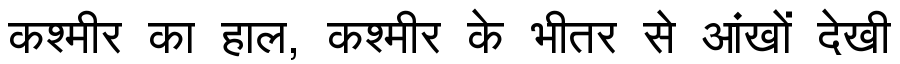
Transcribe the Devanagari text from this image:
कश्मीर का हाल, कश्मीर के भीतर से आंखों देखी